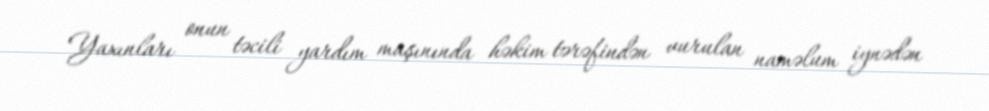
Yaxınları onun təcili yardım maşınında həkim tərəfindən vurulan naməlum iynədən